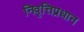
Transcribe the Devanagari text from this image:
निवृत्तिप्रधान